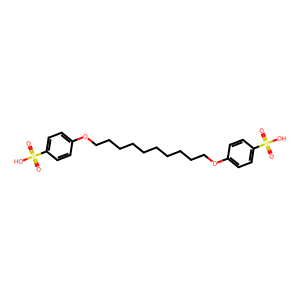
SMILES: O=S(=O)(O)c1ccc(OCCCCCCCCCCOc2ccc(S(=O)(=O)O)cc2)cc1
Inhibits HIV replication: No